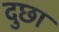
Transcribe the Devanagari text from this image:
दुछा